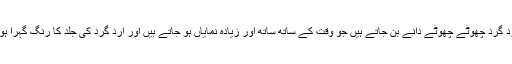
نپل کےارد گرد چھوٹے چھوٹے دانے بن جاتے ہیں جو وقت کے ساتھ ساتھ اور زیادہ نمایاں ہو جاتے ہیں اور ارد گرد کی جلد کا رنگ گہرا ہو جاتا ہے۔